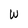
Character: W